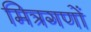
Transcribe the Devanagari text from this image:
मित्रगणों